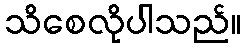
သိစေလိုပါသည်။